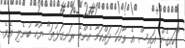
"ކައިގެން އައިސް އެ ވާހަކަ ދައްކަމާ އެންމެ ރަނގަޅުތަ" ޔޫހާ ބުނެލި އެވެ.